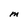
Character: M